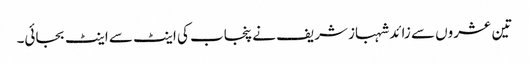
تین عشروں سے زائد شہباز شریف نے پنجاب کی اینٹ سے اینٹ بجائی۔